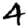
Digit: 4